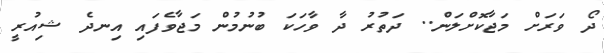
ދޯ ވަރަށް މަޖާކޮށްލަން.. ދަތުރު ދާ ވާހަކަ ބުނުމުން މަޖާވެފައި އިނދެ ޝިއުރީ